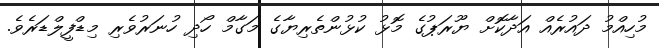
މުހިއްމު ދައުރެއް އަދާކޮށް ޔޫރަޕުގެ މޮޅު ކުޅުންތެރިޔާގެ މަގާމް ހޯދި ހުނަރުވެރި މިޑްފީލްޑަރެވެ.